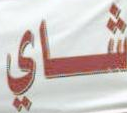
شـــاي